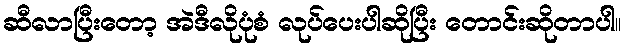
ဆီလာပြီးတော့ အဲဒီလိုပုံစံ လုပ်ပေးပါဆိုပြီး တောင်းဆိုတာပါ။